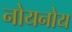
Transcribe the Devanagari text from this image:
नोयनोय